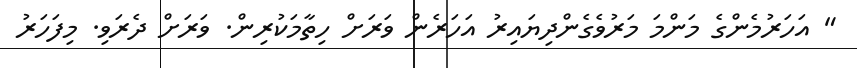
" އަހަރުމެންގެ މަންމަ މަރުވެގެންދިޔައިރު އަހަރެން ވަރަށް ހިތާމަކުރިން. ވަރަށް ދެރަވި. މިފަހަރު